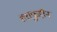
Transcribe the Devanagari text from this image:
शराफुद्दीन